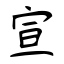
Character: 宣